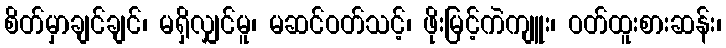
စိတ်မှာချင်ချင်၊ မရှိလျှင်မူ၊ မဆင်ဝတ်သင့်၊ ဖိုးမြင့်ကဲကျူး၊ ဝတ်ထူးစားဆန်း၊